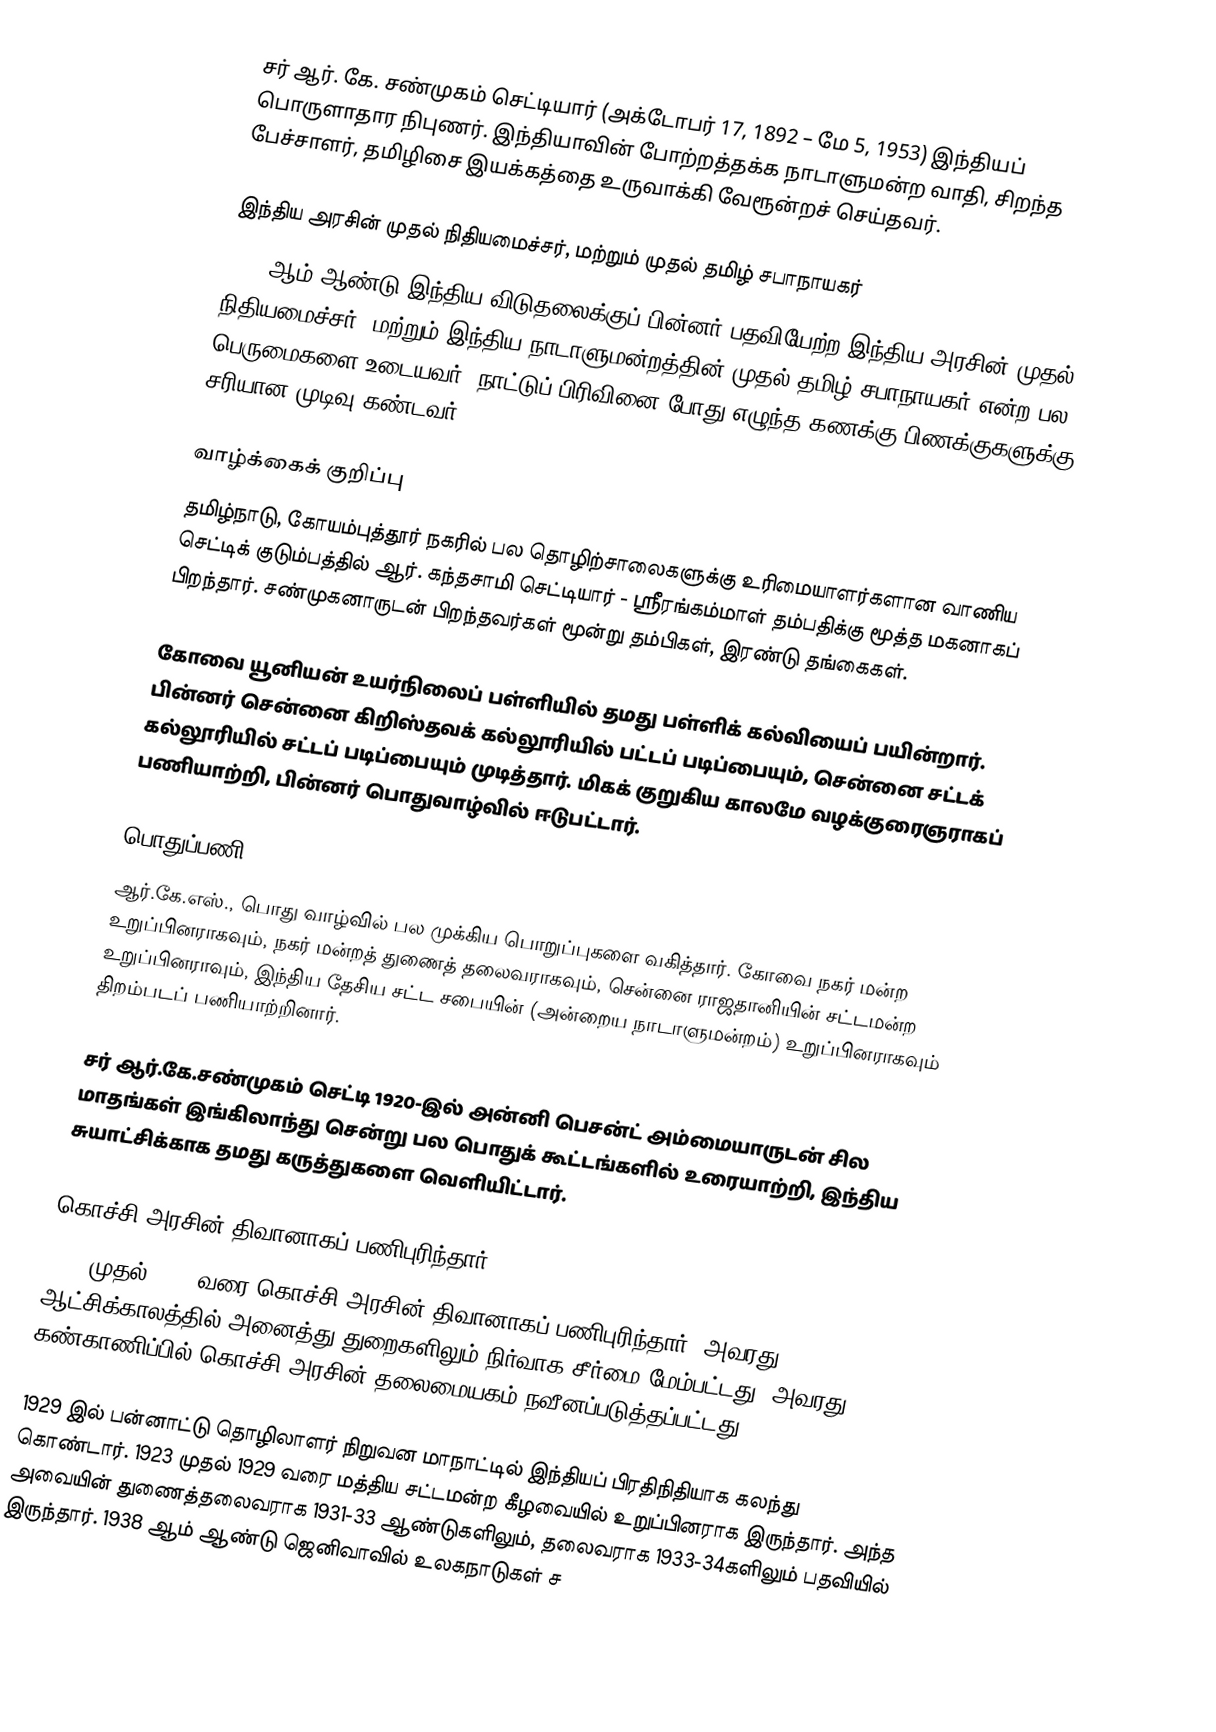
சர் ஆர். கே. சண்முகம் செட்டியார் (அக்டோபர் 17, 1892 – மே 5, 1953) இந்தியப் பொருளாதார நிபுணர். இந்தியாவின் போற்றத்தக்க நாடாளுமன்ற வாதி, சிறந்த பேச்சாளர், தமிழிசை இயக்கத்தை உருவாக்கி வேரூன்றச் செய்தவர்.

இந்திய அரசின் முதல் நிதியமைச்சர், மற்றும் முதல் தமிழ் சபாநாயகர்
1947 ஆம் ஆண்டு இந்திய விடுதலைக்குப் பின்னர் பதவியேற்ற இந்திய அரசின் முதல் நிதியமைச்சர், மற்றும் இந்திய நாடாளுமன்றத்தின் முதல் தமிழ் சபாநாயகர் என்ற பல பெருமைகளை உடையவர். நாட்டுப் பிரிவினை போது எழுந்த கணக்கு பிணக்குகளுக்கு சரியான முடிவு கண்டவர்.

வாழ்க்கைக் குறிப்பு
தமிழ்நாடு, கோயம்புத்தூர் நகரில் பல தொழிற்சாலைகளுக்கு உரிமையாளர்களான வாணிய செட்டிக் குடும்பத்தில் ஆர். கந்தசாமி செட்டியார் - ஸ்ரீரங்கம்மாள் தம்பதிக்கு மூத்த மகனாகப் பிறந்தார். சண்முகனாருடன் பிறந்தவர்கள் மூன்று தம்பிகள், இரண்டு தங்கைகள்.

கோவை யூனியன் உயர்நிலைப் பள்ளியில் தமது பள்ளிக் கல்வியைப் பயின்றார். பின்னர் சென்னை கிறிஸ்தவக் கல்லூரியில் பட்டப் படிப்பையும், சென்னை சட்டக் கல்லூரியில் சட்டப் படிப்பையும் முடித்தார். மிகக் குறுகிய காலமே வழக்குரைஞராகப் பணியாற்றி, பின்னர் பொதுவாழ்வில் ஈடுபட்டார்.

பொதுப்பணி
ஆர்.கே.எஸ்., பொது வாழ்வில் பல முக்கிய பொறுப்புகளை வகித்தார். கோவை நகர் மன்ற உறுப்பினராகவும், நகர் மன்றத் துணைத் தலைவராகவும், சென்னை ராஜதானியின் சட்டமன்ற உறுப்பினராவும், இந்திய தேசிய சட்ட சபையின் (அன்றைய நாடாளுமன்றம்) உறுப்பினராகவும் திறம்படப் பணியாற்றினார்.

சர் ஆர்.கே.சண்முகம் செட்டி 1920-இல் அன்னி பெசன்ட் அம்மையாருடன் சில மாதங்கள் இங்கிலாந்து சென்று பல பொதுக் கூட்டங்களில் உரையாற்றி, இந்திய சுயாட்சிக்காக தமது கருத்துகளை வெளியிட்டார்.

கொச்சி அரசின் திவானாகப் பணிபுரிந்தார்
1931 முதல் 1945 வரை கொச்சி அரசின் திவானாகப் பணிபுரிந்தார். அவரது ஆட்சிக்காலத்தில் அனைத்து துறைகளிலும் நிர்வாக சீர்மை மேம்பட்டது. அவரது கண்காணிப்பில் கொச்சி அரசின் தலைமையகம் நவீனப்படுத்தப்பட்டது.

1929 இல் பன்னாட்டு தொழிலாளர் நிறுவன மாநாட்டில் இந்தியப் பிரதிநிதியாக கலந்து கொண்டார். 1923 முதல் 1929 வரை மத்திய சட்டமன்ற கீழவையில் உறுப்பினராக இருந்தார். அந்த அவையின் துணைத்தலைவராக 1931-33 ஆண்டுகளிலும், தலைவராக 1933-34களிலும் பதவியில் இருந்தார். 1938 ஆம் ஆண்டு ஜெனிவாவில் உலகநாடுகள் ச